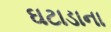
ઘટાડાના